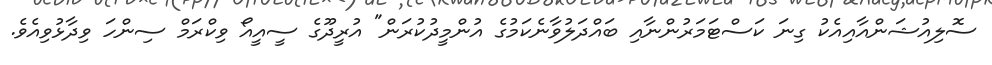
ސޮލިއުޝަންއާއިއެކު ގިނަ ކަސްޓަމަރުންނާއި ބައްދަލުވާނެކަމުގެ އުންމީދުކުރަން" އުރީދޫގެ ސީއީއޯ ވިކްރަމް ސިންހަ ވިދާޅުވިއެވެ.